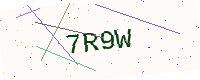
Text: 7R9W